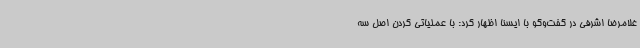
غلامرضا اشرفی در گفت‌وگو با ایسنا اظهار کرد: با عملیاتی کردن اصل سه